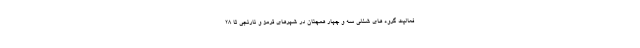
فعالیت گروه های شغلی سه و چهار همچنان در شهرهای قرمز و نارنجی تا ۲۸